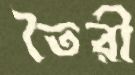
তৈরী